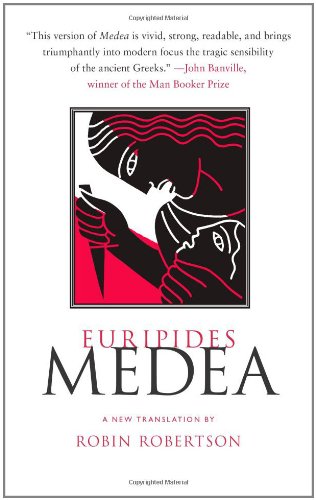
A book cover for Medea; Euripides; Literature & Fiction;